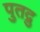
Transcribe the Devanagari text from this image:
पुतद्रु